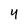
Character: 4